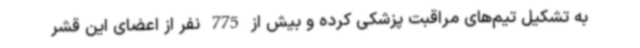
به تشکیل تیم‌های مراقبت پزشکی کرده و بیش از 775 نفر از اعضای این قشر